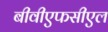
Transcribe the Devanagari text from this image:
बीवीएफसीएल